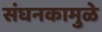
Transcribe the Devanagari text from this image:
संघनकामुळे